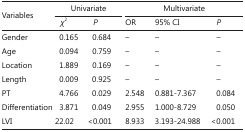
<table><thead><tr><td rowspan="2"><b>Variables</b></td><td colspan="2"><b>Univariate</b></td><td></td><td colspan="3"><b>Multivariate</b></td></tr><tr><td><b><i>χ</i><sup>2</sup></b></td><td><b><i>P</i></b></td><td></td><td><b>OR</b></td><td><b>95% CI</b></td><td><b><i>P</i></b></td></tr></thead><tbody><tr><td>Gender</td><td>0.165</td><td>0.684</td><td></td><td>–</td><td>–</td><td>–</td></tr><tr><td>Age</td><td>0.094</td><td>0.759</td><td></td><td>–</td><td>–</td><td>–</td></tr><tr><td>Location</td><td>1.889</td><td>0.169</td><td></td><td>–</td><td>–</td><td>–</td></tr><tr><td>Length</td><td>0.009</td><td>0.925</td><td></td><td>–</td><td>–</td><td>–</td></tr><tr><td>PT</td><td>4.766</td><td>0.029</td><td></td><td>2.548</td><td>0.881-7.367</td><td>0.084</td></tr><tr><td>Differentiation</td><td>3.871</td><td>0.049</td><td></td><td>2.955</td><td>1.000-8.729</td><td>0.050</td></tr><tr><td>LVI</td><td>22.02</td><td>&lt;0.001</td><td></td><td>8.933</td><td>3.193-24.988</td><td>&lt;0.001</td></tr></tbody></table>